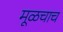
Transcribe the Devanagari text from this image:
मूळचाच